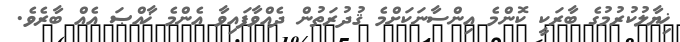
ޚިޔާލުކުރުމުގެ ބާރަކީ ކޮންމެ އިންސާނަކަށްމެ ޤުދުރަތުން ދެއްވާފައިވާ އެންމެ ޚާއްޞަ އެއް ބާރެވެ.